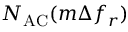
N _ { \mathrm { A C } } ( m \Delta f _ { r } )